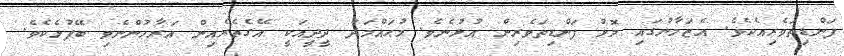
ފަންޑިތަވެރިއެކެވެ. އެޒަމާނުގައި މޮޅު ފަންޑިތަވެރިން އުޅުނެވެ. މުޙައްމަދު ދީދީއަކީ އޭގެތެރެއިން އަރާހުންނެވި ބޭފުޅެކެވެ.